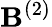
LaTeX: \mathbf{B}^{(2)}